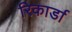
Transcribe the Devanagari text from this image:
रिकार्डा